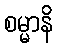
စမ္မာနိ